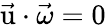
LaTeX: \vec{\mathrm{u}}\cdot\vec{\omega}=0